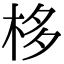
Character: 栘